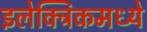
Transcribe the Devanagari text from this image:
इलेक्ट्रिकमध्ये